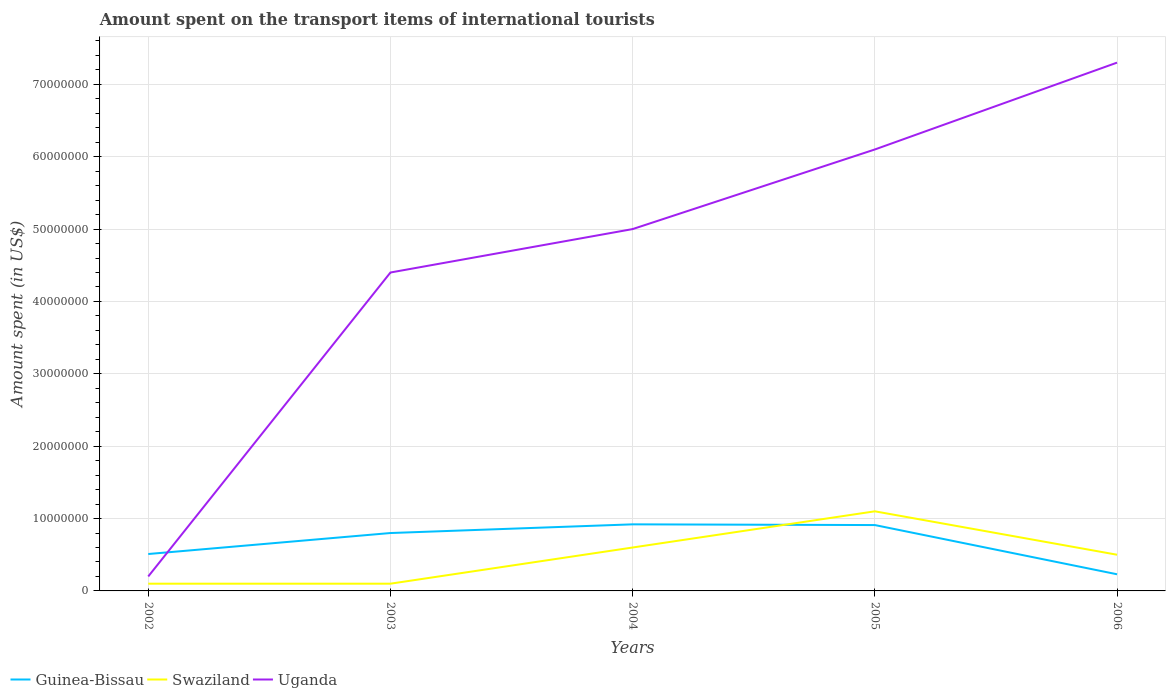
| Years | Guinea-Bissau | Swaziland | Uganda |
 | --- | --- | --- | --- |
 | 2002 | 5.1e+06 | 1e+06 | 2e+06 |
 | 2003 | 8e+06 | 1e+06 | 4.4e+07 |
 | 2004 | 9.2e+06 | 6e+06 | 5e+07 |
 | 2005 | 9.1e+06 | 1.1e+07 | 6.1e+07 |
 | 2006 | 2.3e+06 | 5e+06 | 7.3e+07 |